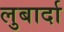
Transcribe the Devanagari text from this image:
लुबार्दा